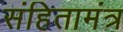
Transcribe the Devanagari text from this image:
संहितामंत्र